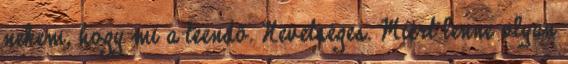
nekem, hogy mi a teendő. Nevetséges. Miért lenne olyan